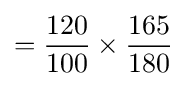
={\frac {120}{100}}\times {\frac {165}{180}}